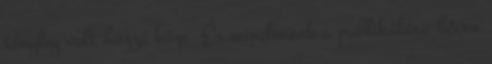
tényleg volt hozzá köze. És mindennek a publikálása bőven